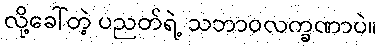
လို့ခေါ်တဲ့ ပညတ်ရဲ့ သဘာဝလက္ခဏာပဲ။